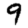
Digit: 9